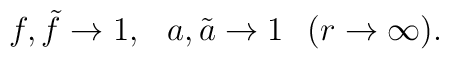
f,\tilde{f}\to 1,\hspace{3mm} a,\tilde{a}\to 1\hspace{3mm} (r\to \infty).